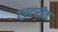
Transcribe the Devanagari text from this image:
टरटरीत